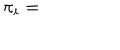
LaTeX: \pi _ { i } =